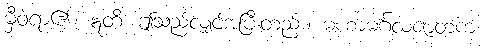
မှီဝဲရာ၏။ ဣတိ၊ ဤသည်လျှင်အပြီးတည်း။ မဟာမင်္ဂလဇာတကံ၊